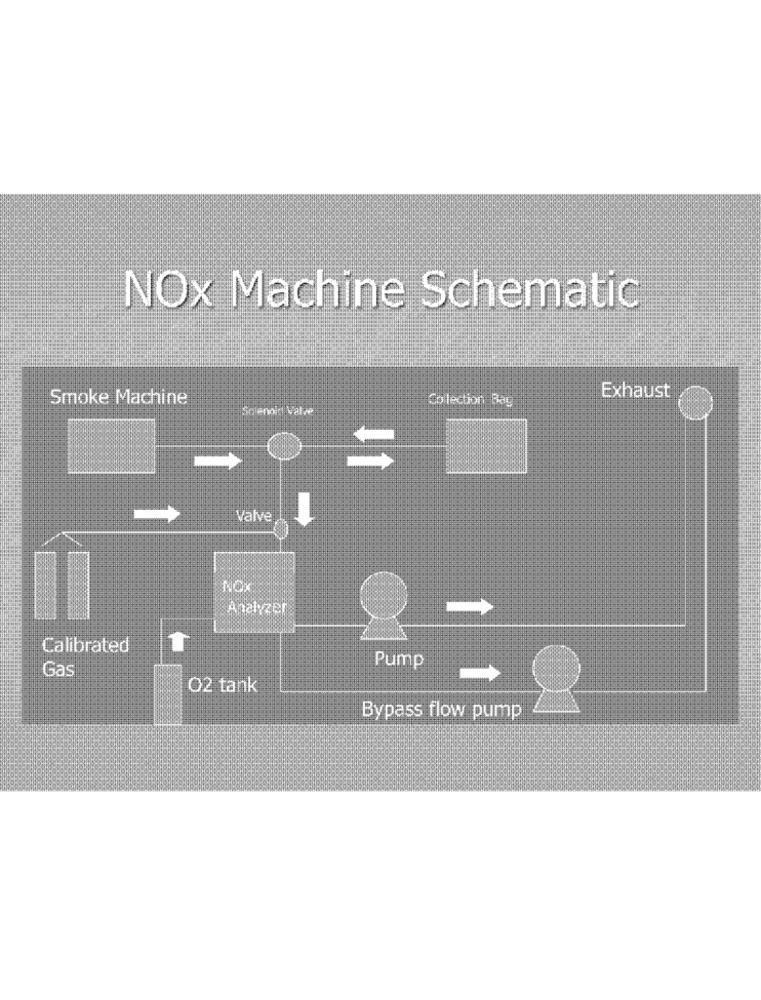
NOx Machine Schematic
Smoke Machine
Colection Bag
Exhaust
Solennid Valve
Valve
Analyzer
Calibrated
Gas
Pump
O2 tank
Bypass flow pump